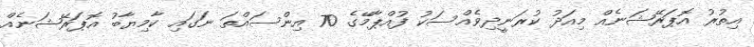
އިތުރު އޮޕަރޭޝަނެއް މިއަދު ކުރަނީދިވެއްސަކު ފުއްޕާމޭގެ 70 އިންސައްތަ ނަގައި ކާމިޔާބު އޮޕަރޭޝަނެއް